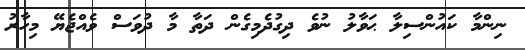
ނިންމާ ކައުންސިލާ ޙަވާލު ނުވެ ދިގުދެމިގެން ދަތާ މާ ދުވަސް ވެއްޖެޔޭ މިހާރު